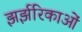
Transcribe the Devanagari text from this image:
झर्झरिकाओं